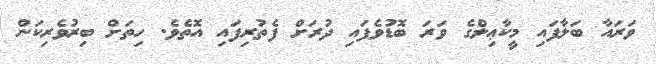
ވަރައާ ބަލާފައި މީކާޢިލްގެ ވަރަ ބޮޑުވެފައި ދުރަށް ފެތުރިފައި އޮތެވެ. ހިތަށް ބިރުވެރިކަން